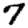
Digit: 7